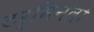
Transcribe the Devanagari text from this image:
टर्मिनलो